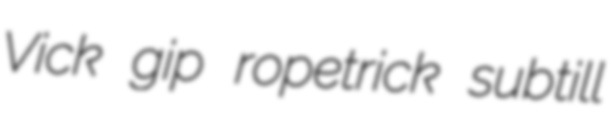
Vick gip ropetrick subtill